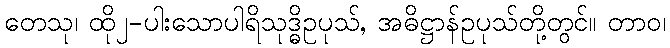
တေသု၊ ထို၂-ပါးသောပါရိသုဒ္ဓိဥပုသ်, အဓိဋ္ဌာန်ဥပုသ်တို့တွင်။ တာဝ၊